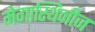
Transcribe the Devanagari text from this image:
मेगास्थिनीज